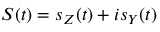
S ( t ) = s _ { Z } ( t ) + i s _ { Y } ( t )